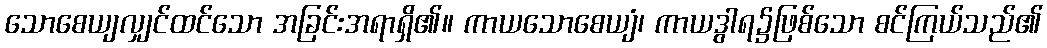
သောစေယျလျှင်ထင်သော အခြင်းအရာရှိ၏။ ကာယသောစေယျံ၊ ကာယဒွါရ၌ဖြစ်သော စင်ကြယ်သည်၏